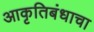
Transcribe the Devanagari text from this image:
आकृतिबंधाचा